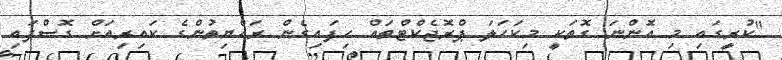
"ކުރީގައި މި އޮންނަ ގޮތަކީ މިކަހަލަ ޕްރޮޖެކްޓްތައް ހިފައިގެން ރައްޔިތުންގެ ކައިރިއަށް ގޮސްފައި